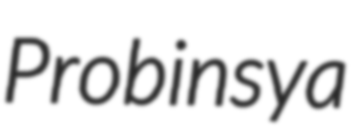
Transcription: Probinsya